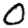
Digit: 0